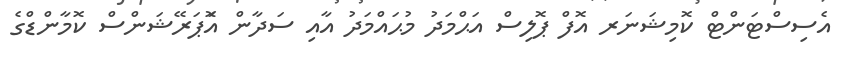
އެސިސްޓަންޓް ކޮމިޝަނަރ އޮފް ޕޮލިސް އަޙްމަދު މުޙައްމަދު އާއި ސަދާން އޮަޕަރޭޝަންސް ކޮމާންޑްގެ